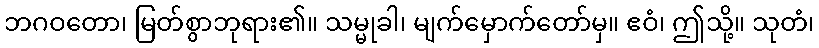
ဘဂဝတော၊ မြတ်စွာဘုရား၏။ သမ္မုခါ၊ မျက်မှောက်တော်မှ။ ဧဝံ၊ ဤသို့။ သုတံ၊